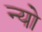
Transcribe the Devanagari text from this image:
न्यो